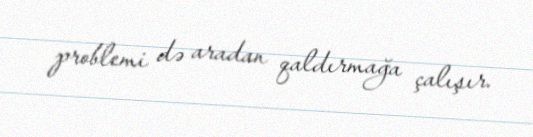
problemi də aradan qaldırmağa çalışır.